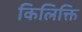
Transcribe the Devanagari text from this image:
किलिक्ति